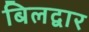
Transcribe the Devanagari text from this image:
बिलद्वार